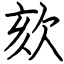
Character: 欬